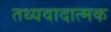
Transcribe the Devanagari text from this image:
तथ्यवादात्मक